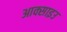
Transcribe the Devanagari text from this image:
आक्साइउ